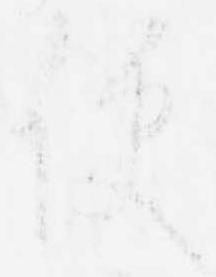
便